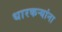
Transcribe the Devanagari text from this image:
धारकर्‍यांना